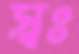
স্বঃ